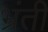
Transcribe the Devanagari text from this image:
भ्रंती